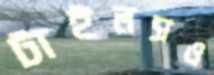
টাইলসও